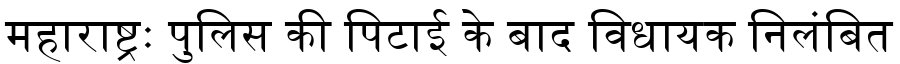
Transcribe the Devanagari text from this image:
महाराष्ट्रः पुलिस की पिटाई के बाद विधायक निलंबित